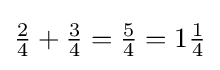
{\tfrac {2}{4}}+{\tfrac {3}{4}}={\tfrac {5}{4}}=1{\tfrac {1}{4}}